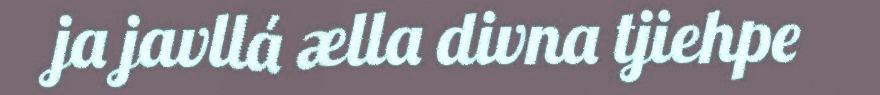
ja javllá ælla divna tjiehpe